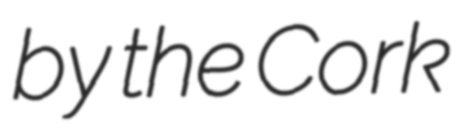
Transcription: by the Cork